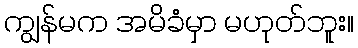
ကျွန်မက အမိခံမှာ မဟုတ်ဘူး။